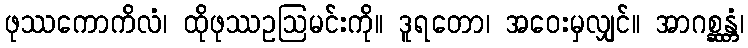
ဖုဿကောကိလံ၊ ထိုဖုဿဥဩမင်းကို။ ဒူရတော၊ အဝေးမှလျှင်။ အာဂစ္ဆန္တံ၊